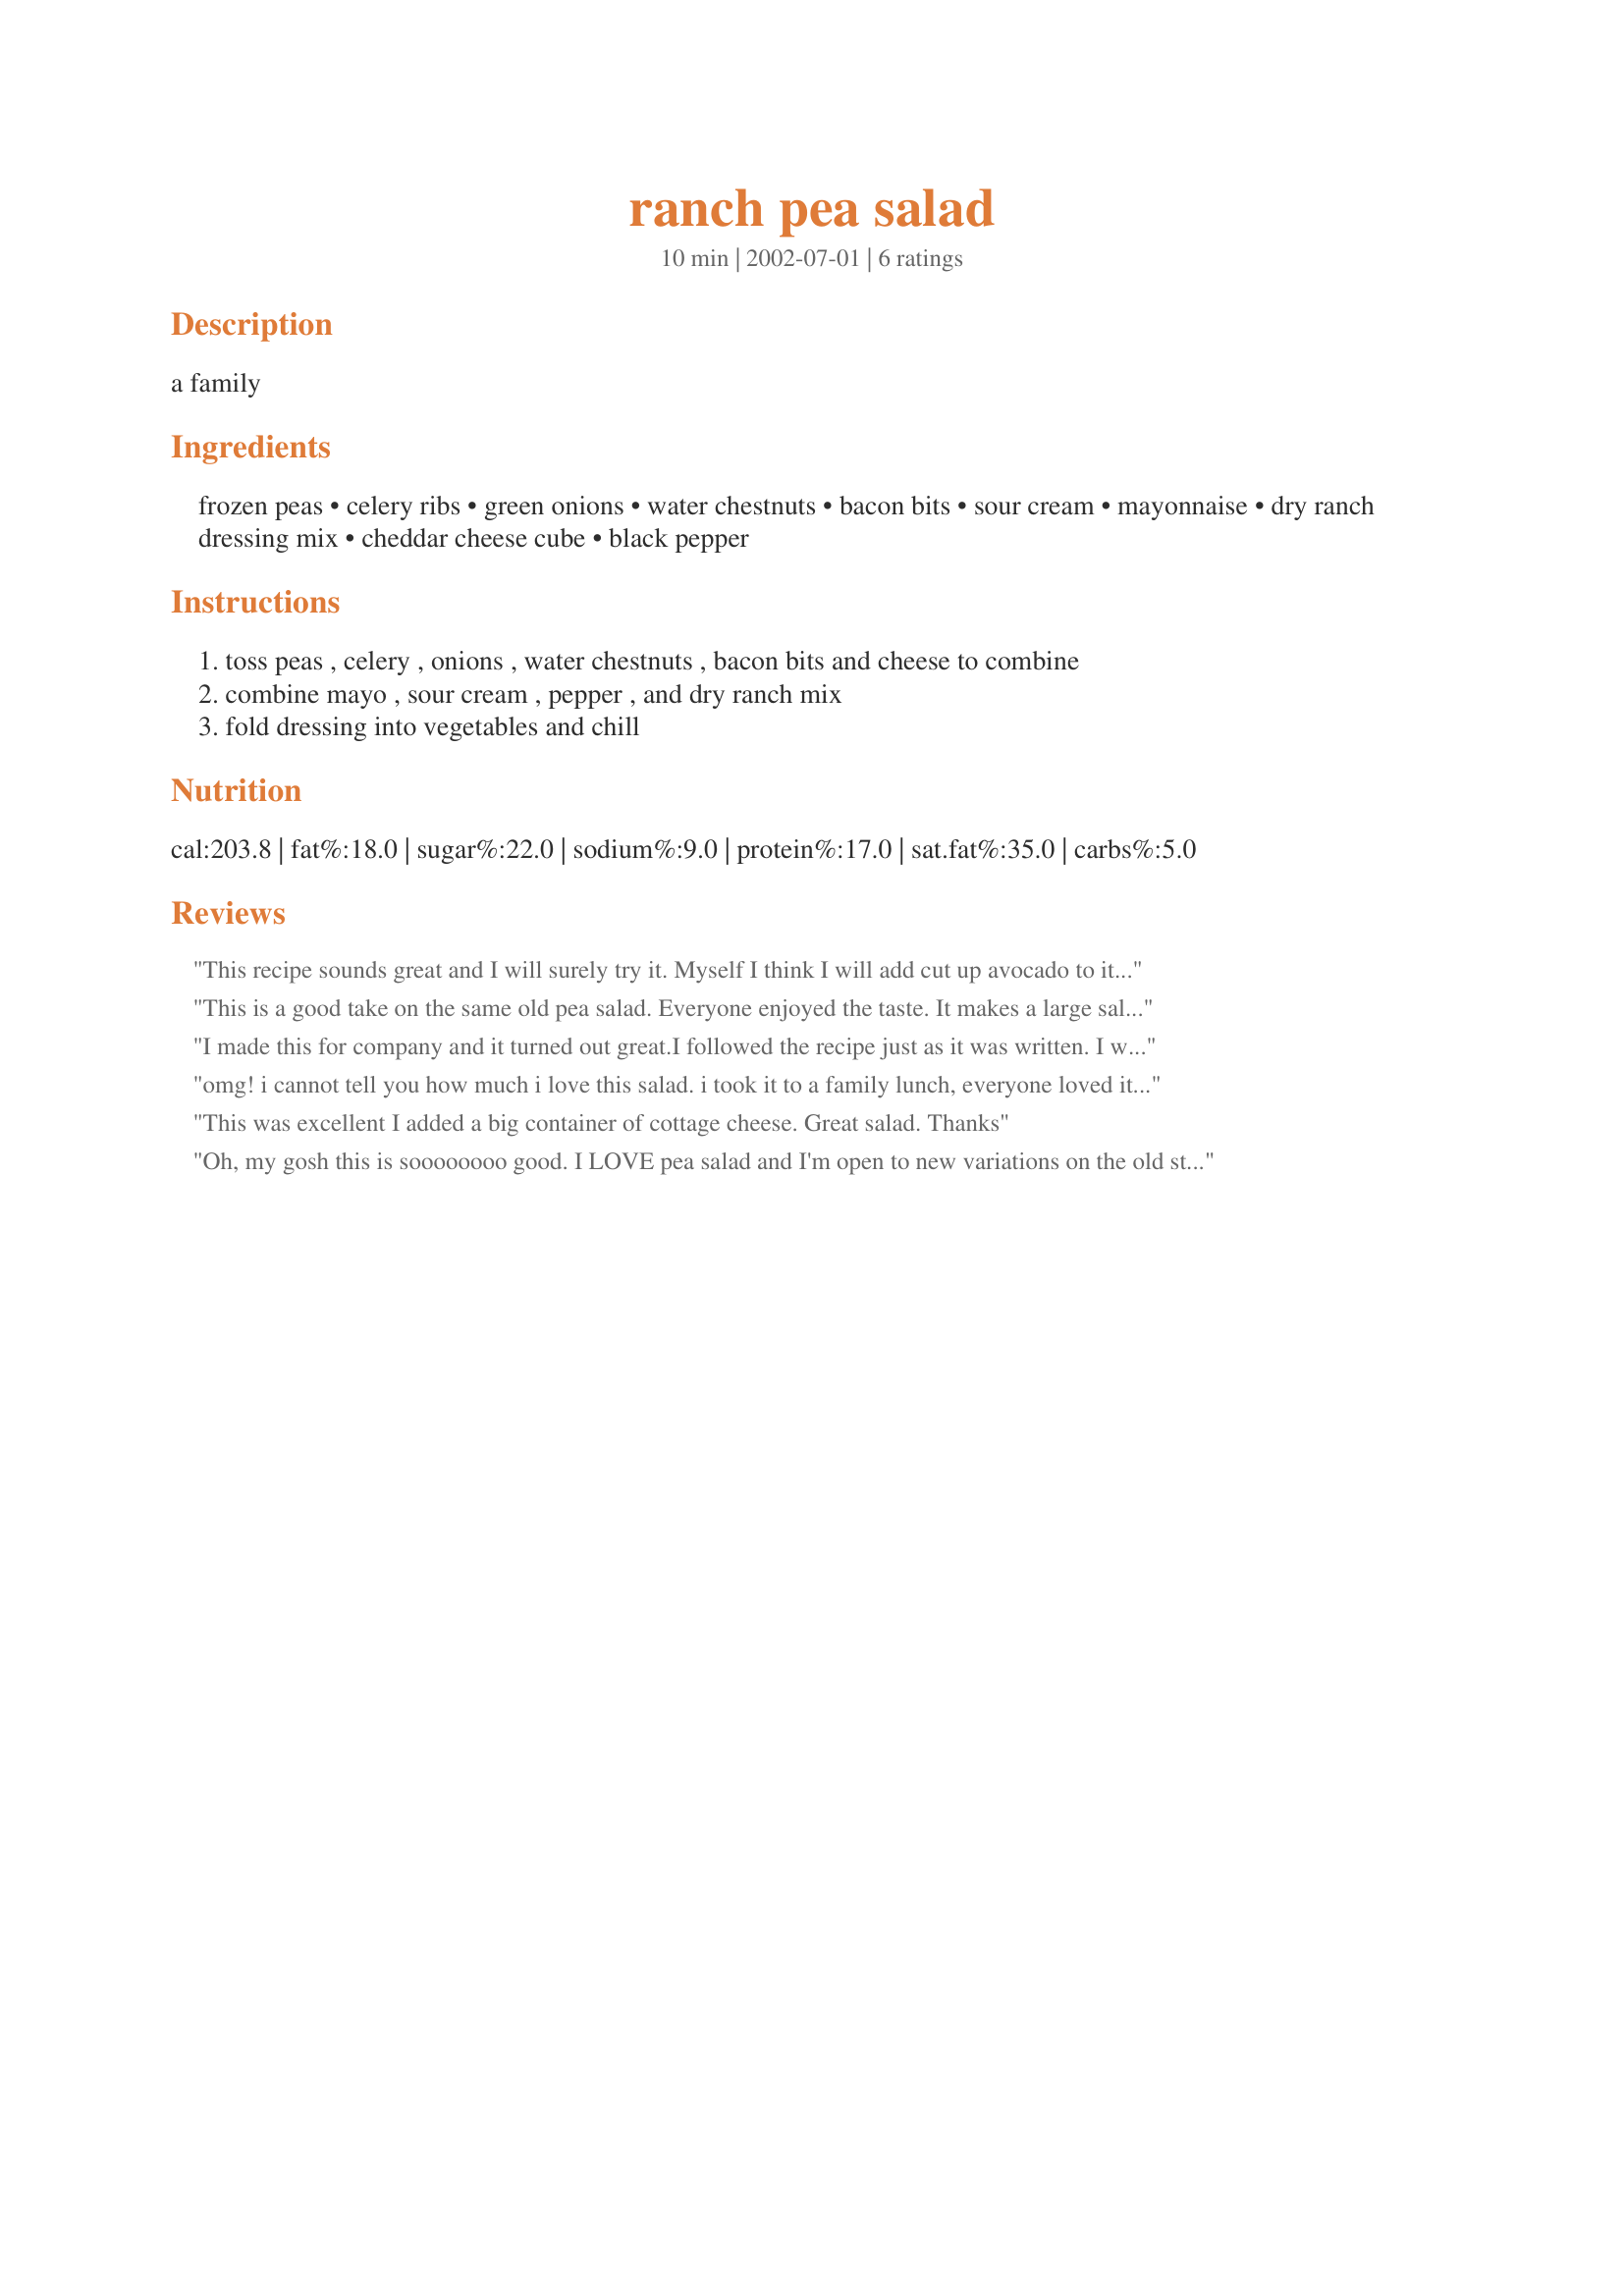
ranch pea salad
Preparation time: 10 minutes

a family

Ingredients:
frozen peas, celery ribs, green onions, water chestnuts, bacon bits, sour cream, mayonnaise, dry ranch dressing mix, cheddar cheese cube, black pepper

Steps:
toss peas , celery , onions , water chestnuts , bacon bits and cheese to combine, combine mayo , sour cream , pepper , and dry ranch mix, fold dressing into vegetables and chill

Reviews:
This recipe sounds great and I will surely try it. Myself I think I will add cut up avocado to it. Yum and cut down on the cheese. This will be a grat dish for any occasion!!
This is a good take on the same old pea salad. Everyone enjoyed the taste. It makes a large salad though so next time I will cut it in half.
I made this for company and it turned out great.I followed the recipe just as it was written. I would,nt change a thing. Joy in Kansas
omg! i cannot tell you how much i love this salad. i took it to a family lunch, everyone loved it but i was so happy when i had a little left over to take home, lol. so easy to throw together and much better than plain 'ol pea salad!
This was excellent I added a big container of cottage cheese. Great salad. Thanks
Oh, my gosh this is soooooooo good. I LOVE pea salad and I'm open to new variations on the old standby. This one is a winner for sure! I could easily eat the whole bowl myself, but will share. Oh, did omit the water chestnuts, we're not big fans of those.
